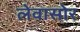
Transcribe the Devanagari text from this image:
लेवासोर